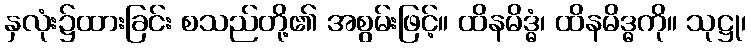
နှလုံး၌ထားခြင်း စသည်တို့၏ အစွမ်းဖြင့်။ ထိနမိဒ္ဓံ၊ ထိနမိဒ္ဓကို။ သုဋ္ဌု၊